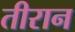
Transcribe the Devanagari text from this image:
तीरान